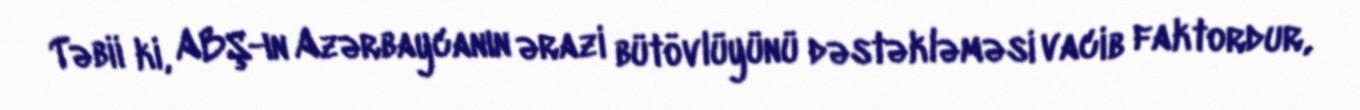
Təbii ki, ABŞ-ın Azərbaycanın ərazi bütövlüyünü dəstəkləməsi vacib faktordur,